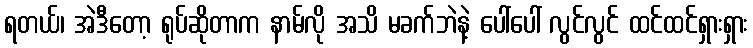
ရတယ်၊ အဲဒီတော့ ရုပ်ဆိုတာက နာမ်လို အသိ မခက်ဘဲနဲ့ ပေါ်ပေါ် လွင်လွင် ထင်ထင်ရှားရှား